Indian journal of veterinary science and animal husbandry - Volume 1,
Year: 1931
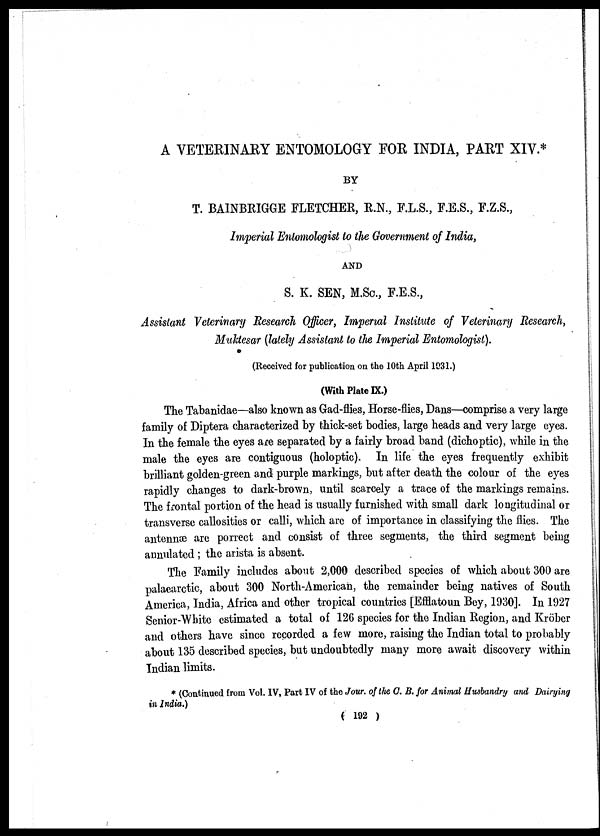
A VETERINARY ENTOMOLOGY FOR INDIA, PART XIV.*
BY
T. BAINBRIGGE FLETCHER, R.N., F.L.S., F.E.S., F.Z.S.,
Imperial Entomologist to the Government of India,
AND
S. K. SEN, M.Sc., F.E.S.,
Assistant Veterinary Research Officer, Imperial Institute of Veterinary Research,
Muktesar (lately Assistant to the Imperial Entomologist).
(Received for publication on the 10th April 1031.)
(With Plate IX.)
The Tabanidae—also known as Gad-flies, Horse-flies, Dans—comprise a very large
family of Diptera characterized by thick-set bodies, large heads and very large eyes.
In the female the eyes are separated by a fairly broad band (dichoptic), while in the
male the eyes are contiguous (holoptic). In life the eyes frequently exhibit
brilliant golden-green and purple markings, but after death the colour of the eyes
rapidly changes to dark-brown, until scarcely a trace of the markings remains.
The frontal portion of the head is usually furnished with small dark longitudinal or
transverse callosities or calli, which are of importance in classifying the flies. The
antennæ are porrect and consist of three segments, the third segment being
annulated ; the arista is absent.
The Family includes about 2,000 described species of which about 300 are
palaearctic, about 300 North-American, the remainder being natives of South
America, India, Africa and other tropical countries [Efflatoun Bey, 1930]. In 1927
Senior-White estimated a total of 126 species for the Indian Region, and Kröber
and others have since recorded a few more, raising the Indian total to probably
about 135 described species, but undoubtedly many more await discovery within
Indian limits.
* (Continued from Vol. IV, Part IV of the Jour. of the C. B. for Animal Husbandry and Dairying
in India.)
( 192 )